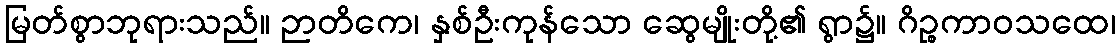
မြတ်စွာဘုရားသည်။ ဉာတိကေ၊ နှစ်ဦးကုန်သော ဆွေမျိုးတို့၏ ရွာ၌။ ဂိဉ္စကာဝသထေ၊